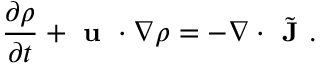
\small \frac { \partial \rho } { \partial t } + \textbf { u } \cdot \nabla \rho = - \nabla \cdot \Tilde { \textbf { J } } .